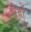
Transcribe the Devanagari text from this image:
देह्रों